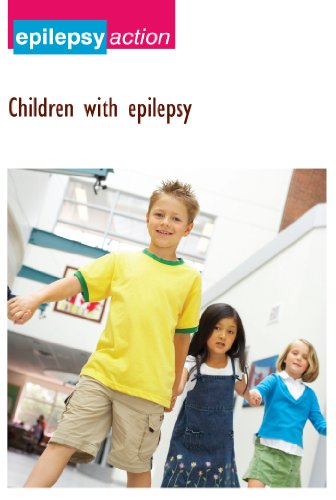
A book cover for Children with Epilepsy (Epilepsy Advice and Information Book 1); Epilepsy Action; Health, Fitness & Dieting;